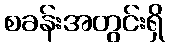
စခန်းအတွင်းရှိ